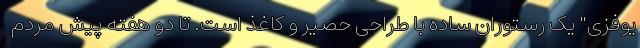
یوفزی" یک رستوران ساده با طراحی حصیر و کاغذ است. تا دو هفته پیش مردم